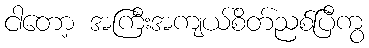
ငါတော့ အကြီးအကျယ်စိတ်ညစ်ပြီကွ